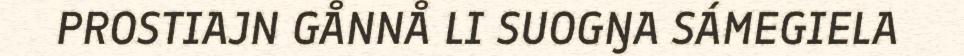
PROSTIAJN GÅNNÅ LI SUOGŊA SÁMEGIELA